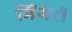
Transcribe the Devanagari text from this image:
मिंगेटी